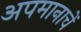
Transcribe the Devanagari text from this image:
अपमानाचें